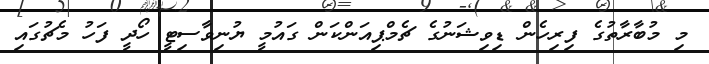
މި މުބާރާތުގެ ފިރިހެން ޑިވިޝަނުގެ ޗެމްޕިއަންކަން ގައުމީ ޔުނިވާސިޓީ ހޯދީ ފަހު މެޗުގައި